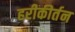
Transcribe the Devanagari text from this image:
हरीकीर्तन